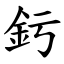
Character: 釫